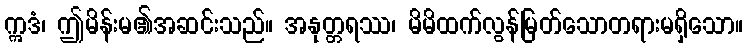
ဣဒံ၊ ဤမိန်းမ၏အဆင်းသည်။ အနုတ္တရဿ၊ မိမိထက်လွန်မြတ်သောတရားမရှိသော။